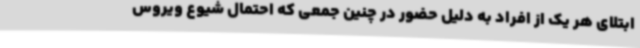
ابتلای هر یک از افراد به دلیل حضور در چنین جمعی که احتمال شیوع ویروس